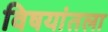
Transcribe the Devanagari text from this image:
विषयांतला